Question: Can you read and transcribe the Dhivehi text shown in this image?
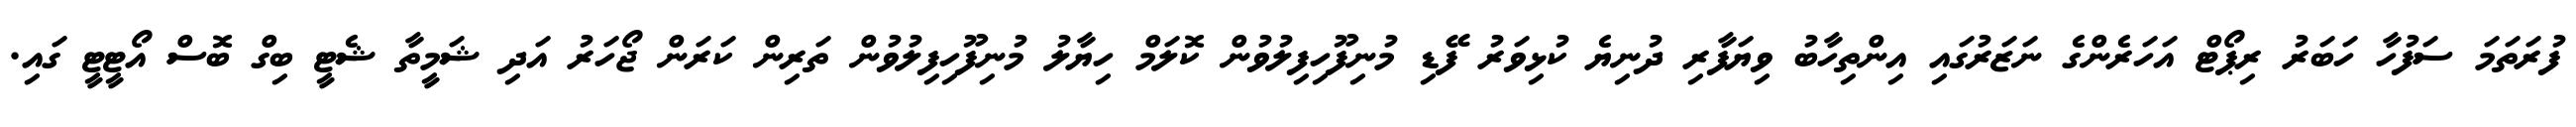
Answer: ފުރަތަމަ ސަފުހާ ހަބަރު ރިޕޯޓް އަހަރެންގެ ނަޒަރުގައި އިންތިހާބު ވިޔަފާރި ދުނިޔެ ކުޅިވަރު ފޭޑި މުނިފޫހިފިލުވުން ކޮލަމް ހިޔާލު މުނިފޫހިފިލުވުން ތަރިން ކަރަން ޖޯހަރު އަދި ޝަމީތާ ޝެޓީ ބިގް ބޮސް އޯޓީޓީ ގައި.